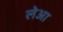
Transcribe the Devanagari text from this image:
लेआ